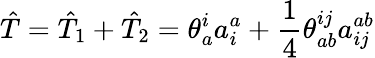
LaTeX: \hat{T}=\hat{T}_{1}+\hat{T}_{2}=\theta_{a}^{i}a_{i}^{a}+\frac{1}{4}\theta_{ab}^{ij}a_{ij}^{ab}